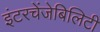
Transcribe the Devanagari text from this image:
इंटरचेंजेबिलिटी